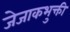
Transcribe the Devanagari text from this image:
जेजाकभुक्ती